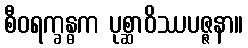
စီဝရက္ခန္ဓက ပုစ္ဆာဝိဿပဇ္ဇနာ။